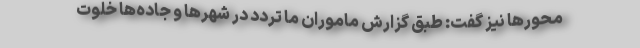
محور‌ها نیز گفت: طبق گزارش ماموران ما تردد در شهر‌ها و جاده‌ها خلوت